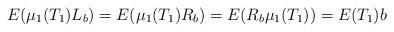
LaTeX: \begin{align*}E(\mu_1(T_1) L_b) = E(\mu_1(T_1) R_b) = E(R_b \mu_1(T_1)) = E(T_1) b\end{align*}